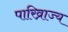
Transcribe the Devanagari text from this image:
पारिव्राज्य